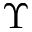
\Upsilon